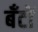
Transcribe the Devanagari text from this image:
बँटों